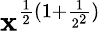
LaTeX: \mathbf{x}^{\frac{{1}}{{2}}(1+\frac{{1}}{{2^{2}}})}